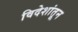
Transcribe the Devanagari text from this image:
विदेशांतून